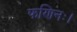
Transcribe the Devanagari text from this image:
फणिनः।